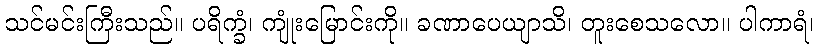
သင်မင်းကြီးသည်။ ပရိက္ခံ၊ ကျုံးမြောင်းကို။ ခဏာပေယျာသိ၊ တူးစေသလော။ ပါကာရံ၊